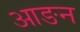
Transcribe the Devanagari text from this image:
आङन